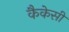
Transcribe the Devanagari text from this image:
कैकेसी